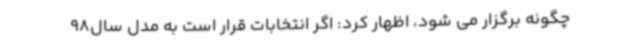
چگونه برگزار می شود، اظهار کرد: اگر انتخابات قرار است به مدل سال98